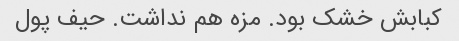
کبابش خشک بود. مزه هم نداشت. حیف پول